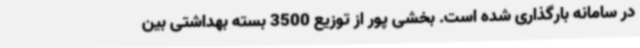
در سامانه بارگذاری شده است. بخشی پور از توزیع 3500 بسته بهداشتی بین